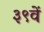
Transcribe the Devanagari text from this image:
३९वें